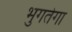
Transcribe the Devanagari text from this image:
भुगतेगा